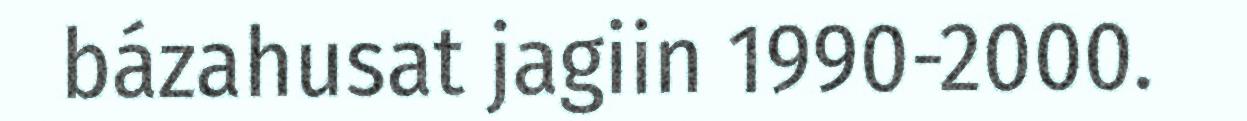
bázahusat jagiin 1990-2000.